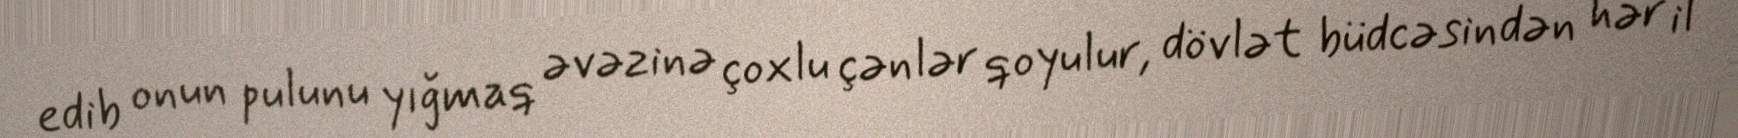
edib onun pulunu yığmaq əvəzinə çoxlu çənlər qoyulur, dövlət büdcəsindən hər il